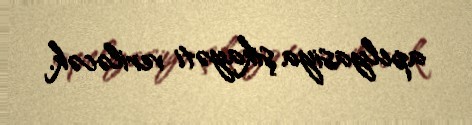
apelyasiya şikayəti veriləcək.